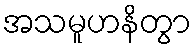
အသမူဟနိတွာ